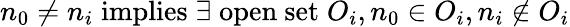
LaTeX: n_{0}\neq n_{i}\; \mathrm{implies}\; \exists\; \mathrm{open~set}\; O_{i},n_{0}\in O_{i},n_{i}\notin O_{i}